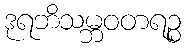
ဒုရဘိသမ္ဘဝတရဉ္စ